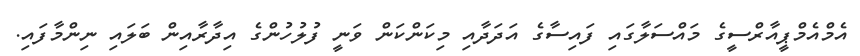
އެމްއެމްޕީއާރްސީގެ މައްސަލާގައި ފައިސާގެ އަދަދާއި މިކަންކަން ވަނީ ފުލުހުންގެ އިދާރާއިން ބަލައި ނިންމާފައި.